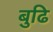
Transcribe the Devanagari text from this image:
बुढि